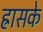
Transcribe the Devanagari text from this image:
ह्रासके